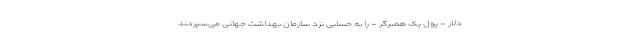
دلار - پول یک همبرگر - را به حسابی نزد سازمان بهداشت جهانی می‌سپردند